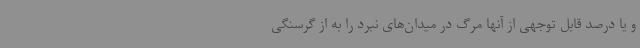
و یا درصد قابل توجهی از آنها مرگ در میدان‌های نبرد را به از گرسنگی